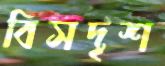
বিসদৃশ